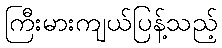
ကြီးမားကျယ်ပြန့်သည့်